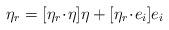
LaTeX: \begin{align*} \eta_r=[\eta_r \!\cdot\! \eta] \eta + [\eta_r \!\cdot\! e_i] e_i\end{align*}